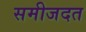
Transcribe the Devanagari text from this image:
समीजदत